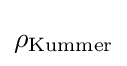
\rho _{\text{Kummer}}